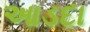
આડદા